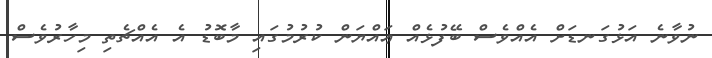
ނުވާނެ އަޅުގަނޑަށް އެއްވެސް ބޭފުޅެއް ޢައްޔަން ކުރުމުގައި މާބޮޑު އެ އެއްޗެތި މިހާރުވެސް